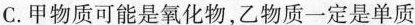
C.甲物质可能是氧化物，乙物质一定是单质